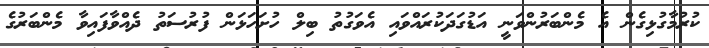
ކުރުމާގުޅިގެން އެ މެންބަރުންވަނީ އަޑުގަދަކުރައްވައި އެވަގުތު ބިލް ހުށަހަޅަން ފުރުސަތު ދެއްވާފައިވާ މެންބަރުގެ